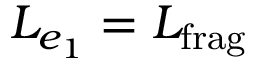
L _ { e _ { 1 } } = L _ { \mathrm { f r a g } }